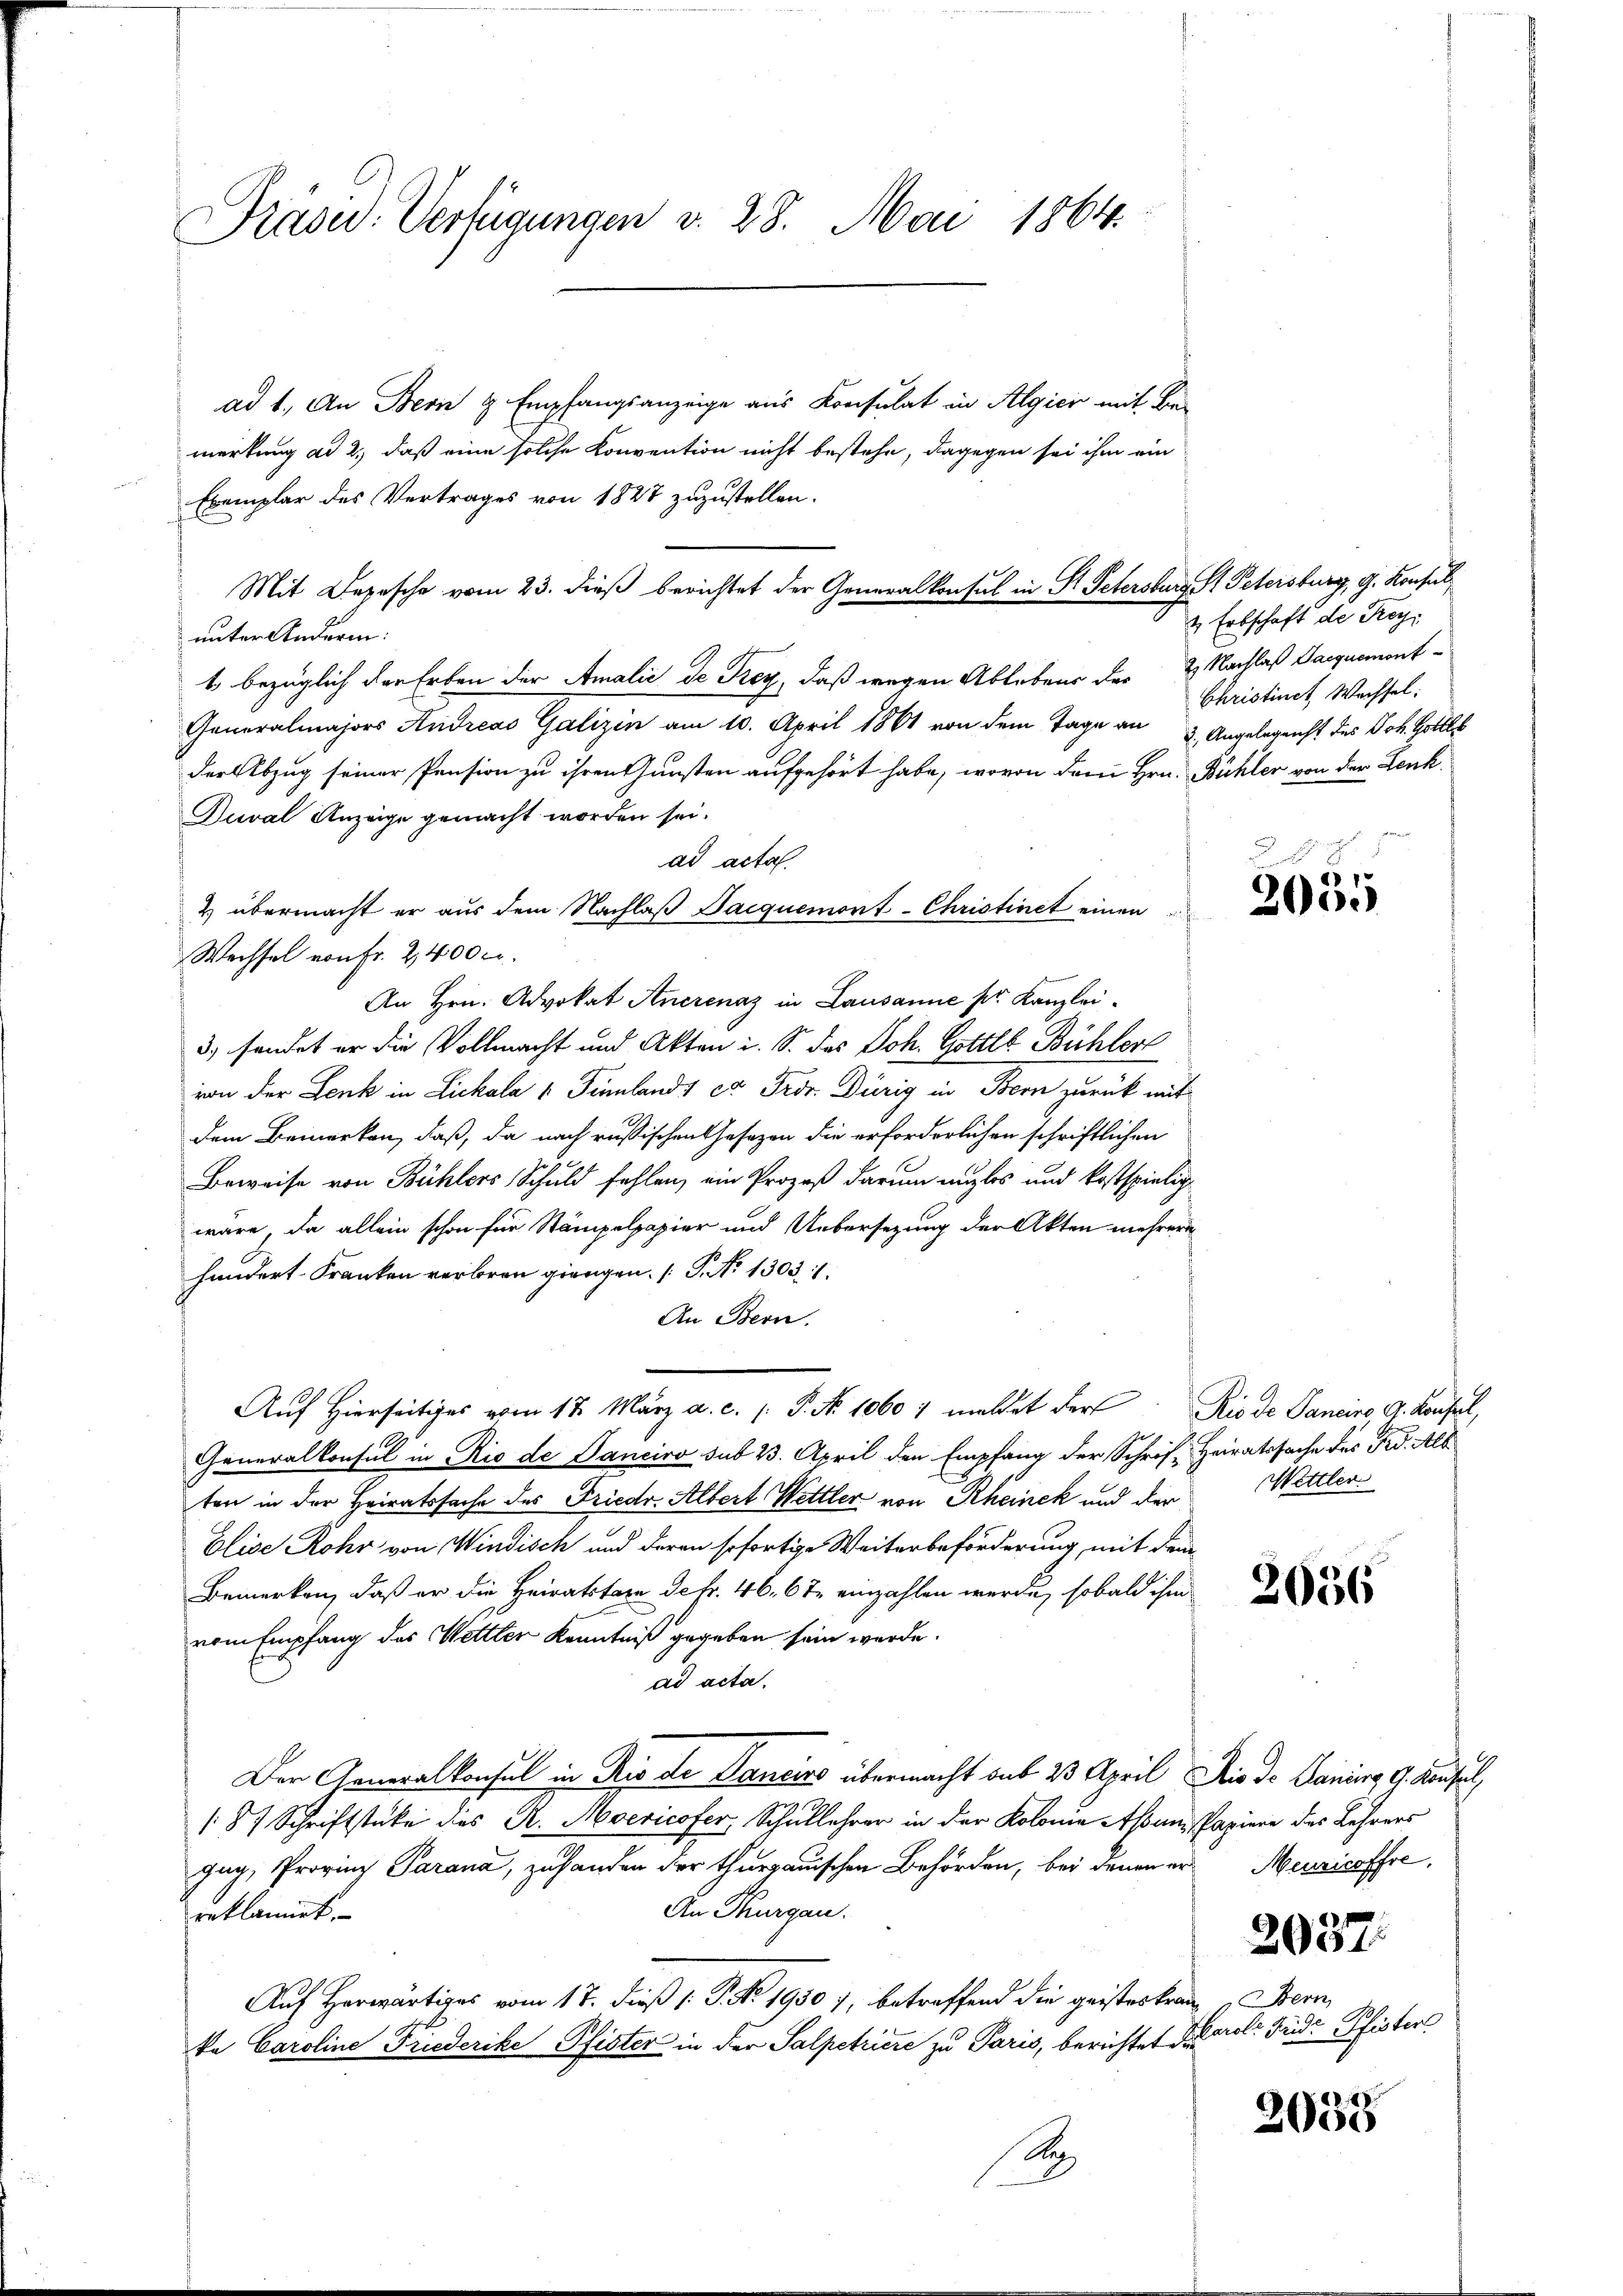
Präsid. Verfügungen v. 28. Mai 1864.

ad 1. An Bern & Empfangsanzeige aus Konsulat in Algici mit Be-
merkung ad 2., daß eine solche Konvention nicht bestehe, dagegen sei ihm ein
Exemplar des Vertrages von 1827 zuzustellen.
unter Andern:
t bezüglich der Erben der Amalić de Frey, daß wegen Ablebens der & Nachlaß Jacquemont-
Generalmajors Andreas Galizin am 10. April 1861 von dem Tage an 2. Angelegenst des Joh. Gottes
der Abzug seiner Pension zu ihren Gunsten aufgehört habe, wovon dem Hrn. Bühler von der Lenk¬
Duval Anzeige gemacht worden sei.
ad acta.
& übermacht er aus dem Nachlaβ Paequemont-Christinet einen
Wechsel von Fr. 2,400 c.
An Hrn. Advokat Anerenaz in Lausanne pr. Kanzlei¬
3. sendet er die Vollmacht und Akten i. S. des Joh. Gottl. Bühler
von der Lenk in Lickala u. Finnlands ca Fror. Dürig in Bern zurück mit
dem Bemerken, daß, da nach russischen Gesezen die erforderlichen schriftlichen
Beweise von Bühlers Schuld fehlen, ein Prozeß darum anzlos und kostspielig
wäre, da allein schon für Stämpelpapier und Uebersezung der Akten mehrere
handert Franken verboren giengen. (T. N. 1303. 1.
An Bern.
Auf Hierseitiges vom 17. März a. c. /: P. Nr. 10607 meldet der Rio de Janeiro G. Konstel,
Generalkonsul in Rio de Janeiro sub 23. April den Empfang der Schrift Heiratssache des Frd. Alb
ten in der Heiratssache des Friedr. Albert Wettler von Rheinek und der
Elise Rohr von Windisch und deren sofortige Weiterbeförderung mit dem
Bemerken, daß er die Heiratstare de fr. 46, 6 te einzahlen werde, sobald ihm
vom Empfang des Wettler Kenntniß gegeben sein werde.
ad acta.
Der Generalkonsul in Rio de Dancis übermacht sub 23 April die Dr. Daniers, 9. Konsul
187 Schriftstücke des R. Mocricofer, Schullehrer in der Kolonia AAsum, Papiere des Lehrers
gug, Provinz Parana, zu handen der thurgauischen Behörden, bei denen er Menzicoffre
An Thurgau.
reklamiet.
Auf Herwärtiges vom 17. dieß (: P. Nr. 1950 7, betreffend die geisteskran
ka Caroline Friederike Pfister in der Salpetriere zu Paris, berichtet die rol. Frid. Pfister
1

Mit Depesche vom 23. dieß berichtet der Generalkonsul in P. Petersburg, St. Petersburg, G. Konsul

& Erbschaft de Frey¬
Christinet Wachsel:

2035

Wettler

2056

2037.

Bern

3638